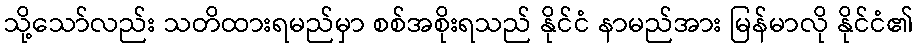
သို့သော်လည်း သတိထားရမည်မှာ စစ်အစိုးရသည် နိုင်ငံ နာမည်အား မြန်မာလို နိုင်ငံ၏